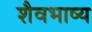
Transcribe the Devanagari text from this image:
शैवभाष्य